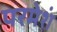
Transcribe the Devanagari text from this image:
परमेशं